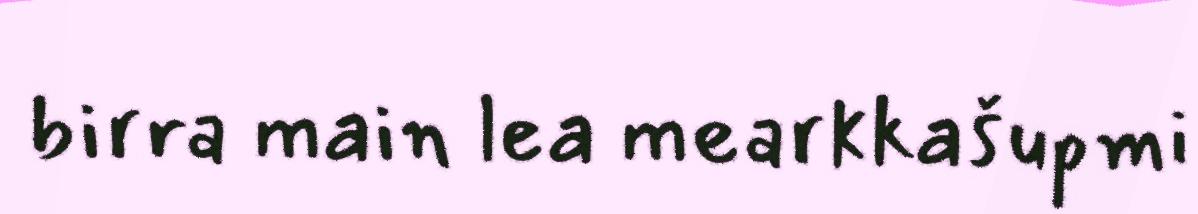
birra main lea mearkkašupmi